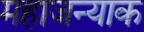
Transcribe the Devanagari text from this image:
महाजन्याक